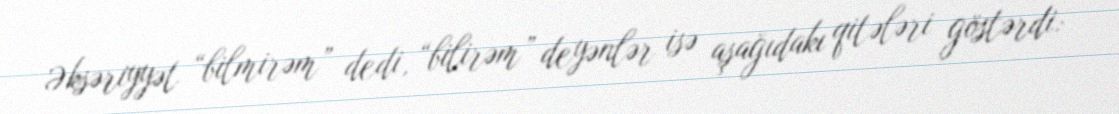
Əksəriyyət “bilmirəm” dedi, “bilirəm” deyənlər isə aşağıdakı qitələri göstərdi: